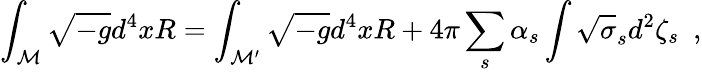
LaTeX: \int_{\cal M}\sqrt{-g}d^{4}xR=\int_{\cal M^{\prime}}\sqrt{-g}d^{4}xR+4\pi\sum_{s}\alpha_{s}\int\sqrt{\sigma}_{s}d^{2}\zeta_{s}~~,